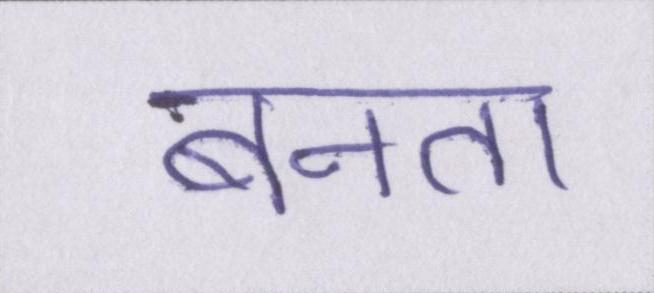
बनता